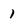
Character: 1